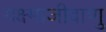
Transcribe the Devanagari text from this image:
यक्ष्माजीवाणु